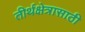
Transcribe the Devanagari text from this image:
तीर्थक्षेत्रासाठी